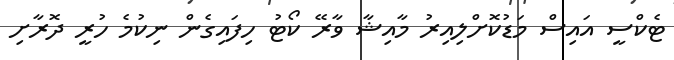
ޓެކްސީ އައިސް މަޑުކޮށްލިއިރު މާއިޝާ ވާރޭ ކޯޓު ހިފައިގެން ނިކުމެ ހުރީ ދޮރާށި